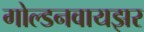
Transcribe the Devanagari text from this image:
गोल्डनवायझर